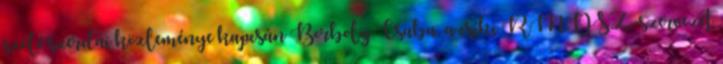
szóló szerdai közleménye kapcsán Borboly Csaba, a csíki RMDSZ-szervezet